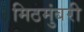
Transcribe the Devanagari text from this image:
मिठमुंबरी